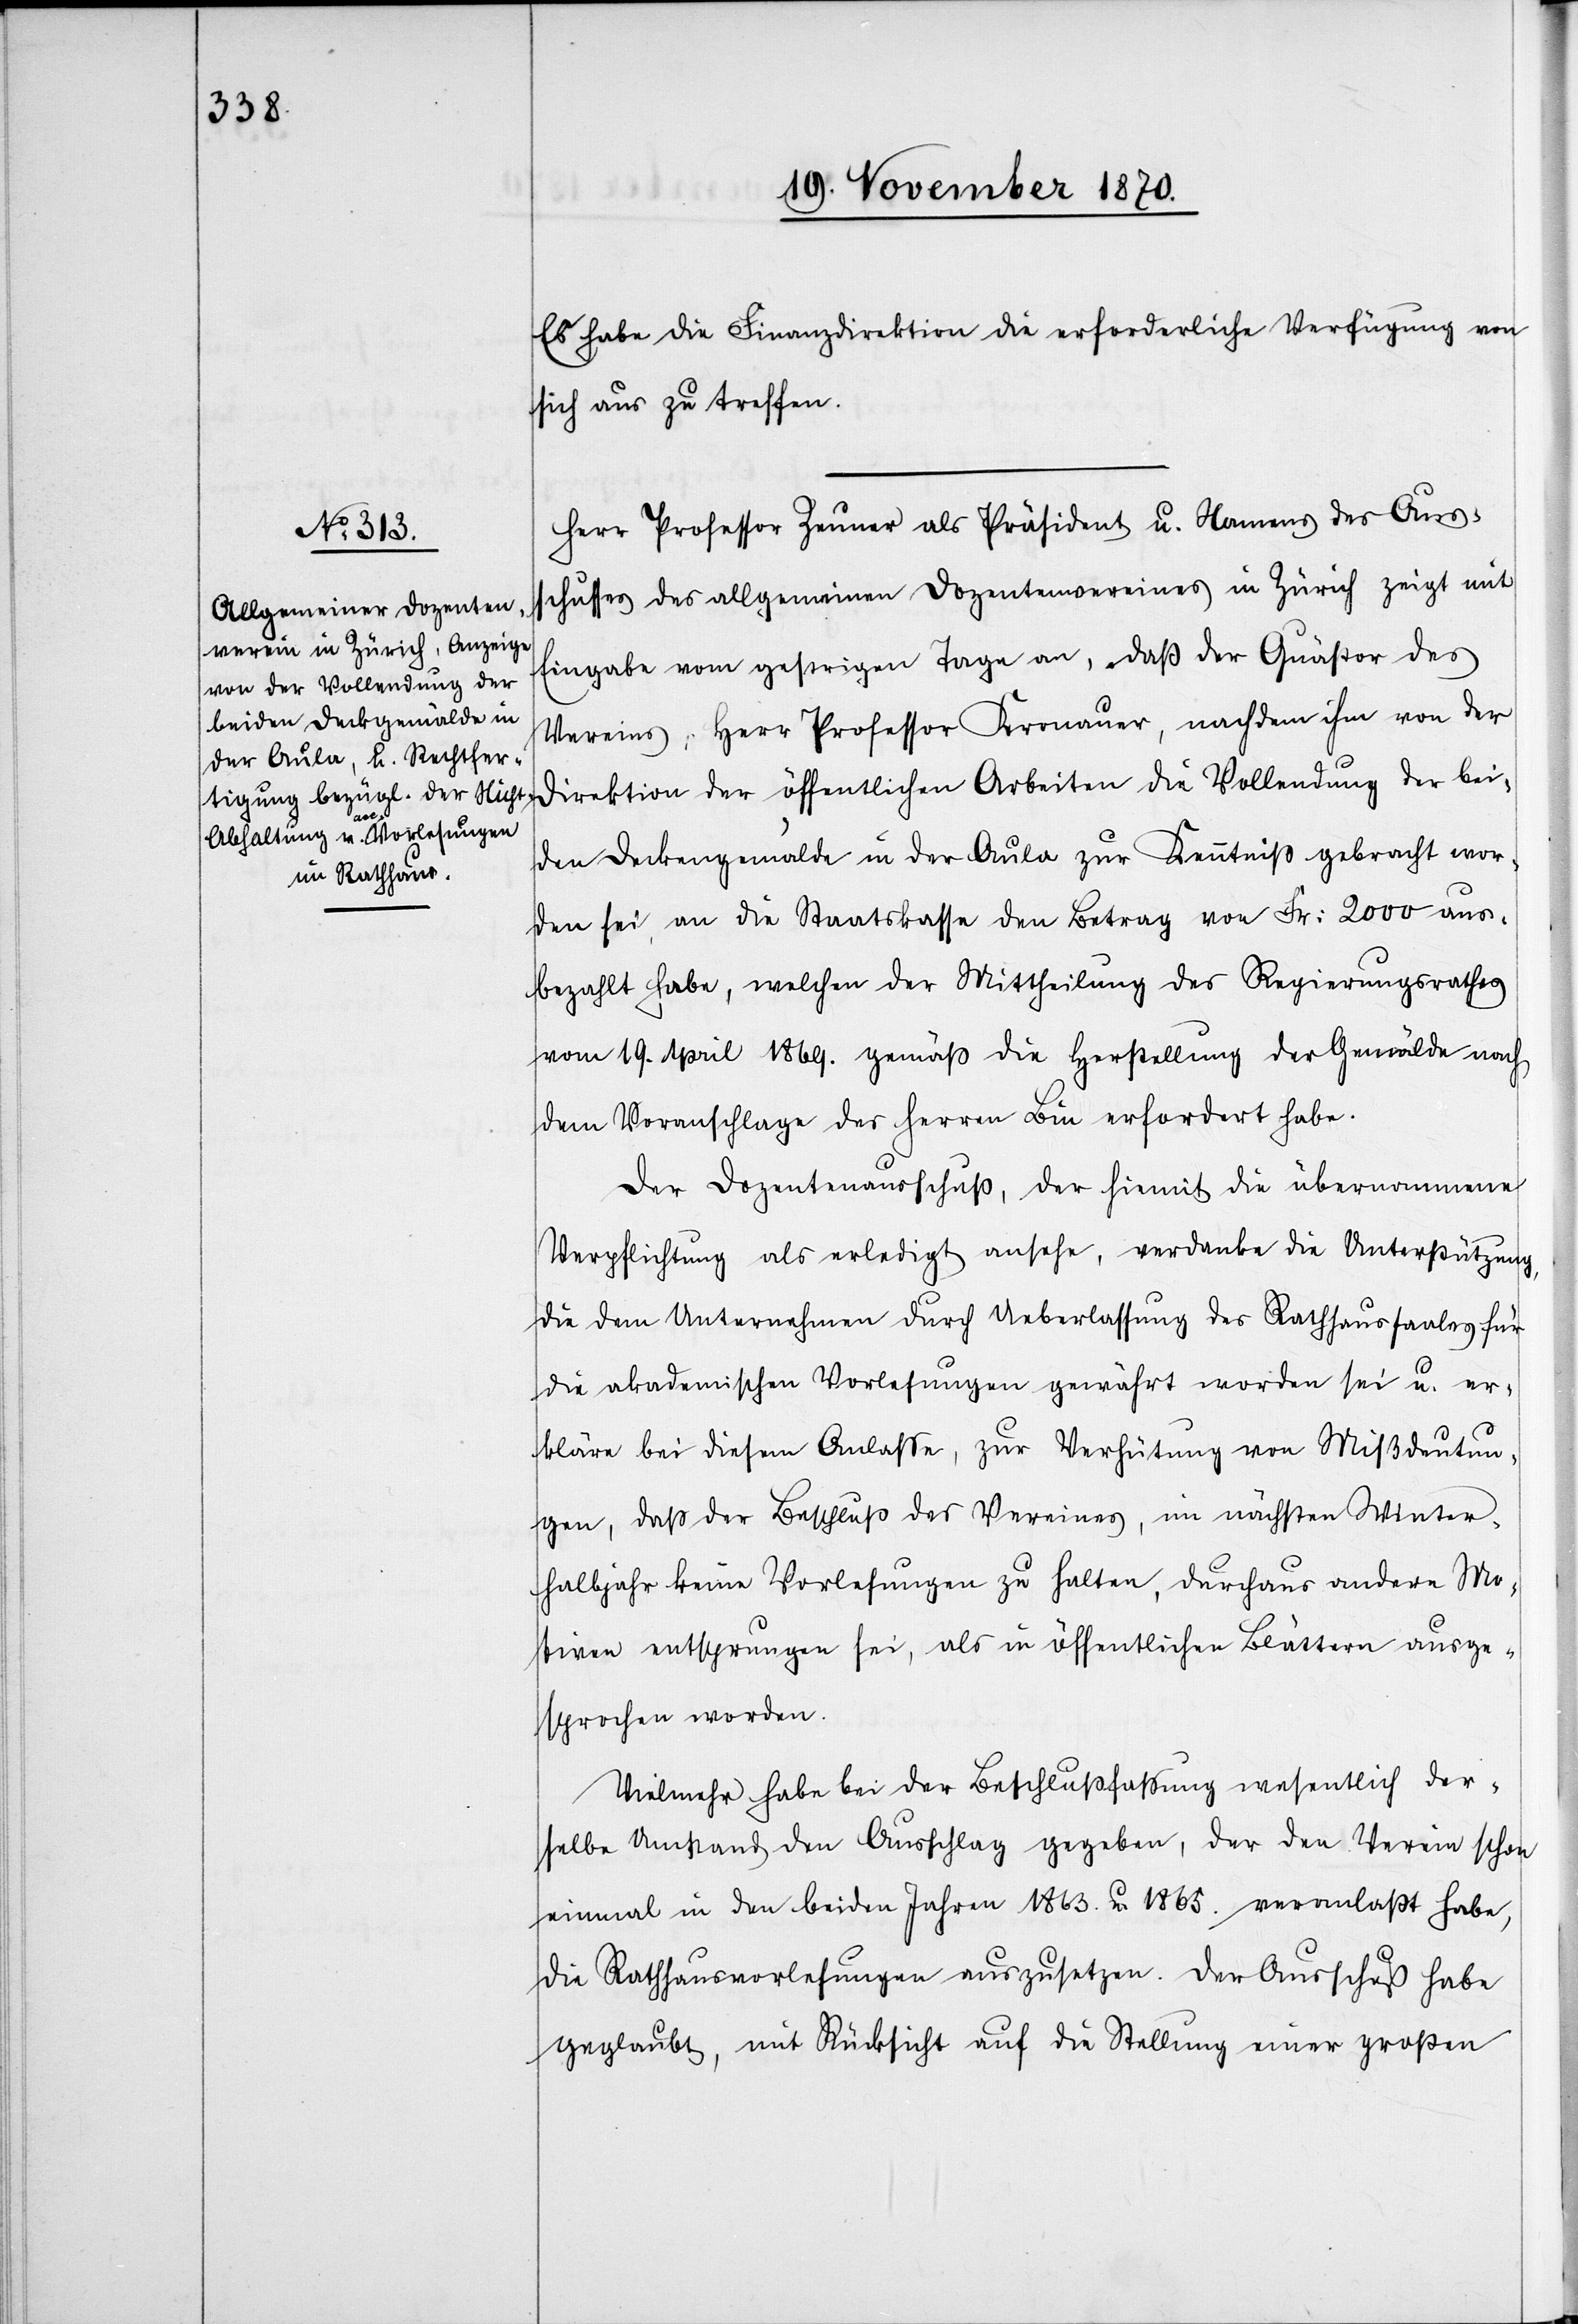
Es habe die Finanzdirektion die erforderliche Verfügung von
sich aus zu treffen.
Herr Professor Zeuner als Präsident u. Namens des Auss¬
chusses des allgemeinen Dozentenvereines in Zürich zeigt mit
Eingabe vom gestrigen Tage an, daß der Quästor des
Vereins, Herr Professor Kronauer, nachdem ihm von der
Direktion der öffentlichen Arbeiten die Vollendung der bei¬
den Deckengemälde in der Aula zur Kenntniß gebracht wor¬
den sei, an die Staatskasse den Betrag von Fr: 2000 aus¬
bezahlt habe, welchen der Mittheilung des Regierungsrathes
vom 19. April 1869. gemäß die Herstellung der Gemälde nach
dem Voranschlage des Herren Bin erfordert habe.
Der Dozentenausschuß, der hiemit die übernommene
Verpflichtung als erledigt ansehe, verdanke die Unterstützung,
die dem Unternehmen durch Ueberlassung des Rathhaussaales für
die akademischen Vorlesungen gewährt worden sei u. er¬
kläre bei diesem Anlaße, zur Verhütung von Missdeutun¬
gen, daß der Beschluß des Vereines, im nächsten Winter¬
halbjahr keine Vorlesungen zu halten, durchaus andern Mo¬
tiven entsprungen sei, als in öffentlichen Blättern ausge¬
sprochen worden.
Vielmehr habe bei der Beschlussfassung wesentlich der¬
selbe Umstand den Ausschlag gegeben, der den Verein schon
einmal in den beiden Jahren 1863. u. 1865. veranlaßt habe,
die Rathausvorlesungen auszusetzen. Der Ausschuß habe
geglaubt, mit Rücksicht auf die Stellung einer großen